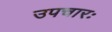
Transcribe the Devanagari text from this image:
उपचारः